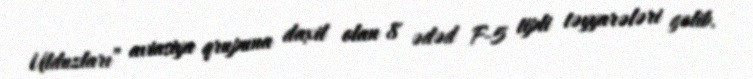
Ulduzları” aviasiya qrupuna daxil olan 8 ədəd F-5 tipli təyyarələri gəlib.